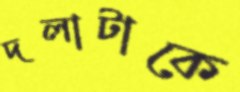
দলাটাকে